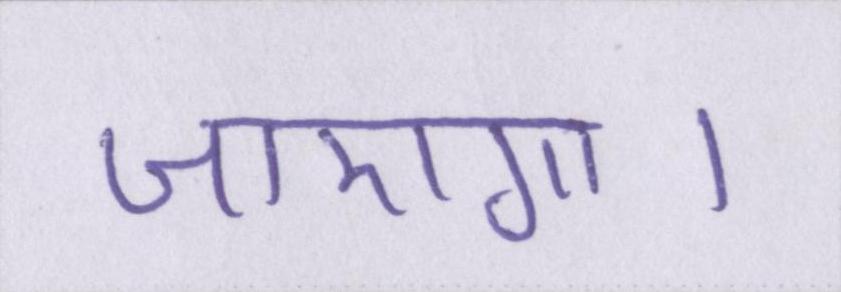
जाएगा।